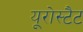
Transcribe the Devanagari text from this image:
यूरोस्टैट